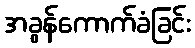
အခွန်ကောက်ခံခြင်း